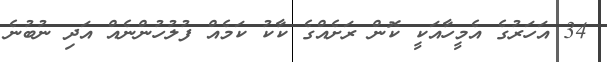
34 އަހަރުގެ އެމީހާއަކީ ކޮން ރަށެއްގެ ކާކު ކަމެއް ފުލުހުންނެއް އަދި ނުބުނެ